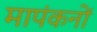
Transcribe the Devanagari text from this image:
मापंकनों